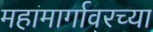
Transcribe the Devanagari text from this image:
महामार्गावरच्या